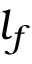
l _ { f }